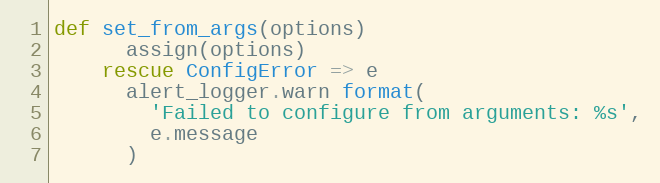
Language: Ruby
def set_from_args(options)
      assign(options)
    rescue ConfigError => e
      alert_logger.warn format(
        'Failed to configure from arguments: %s',
        e.message
      )